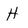
Character: H